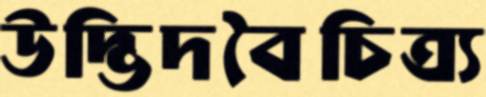
উদ্ভিদবৈচিত্র্য